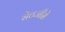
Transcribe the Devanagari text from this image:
सेठजीसे